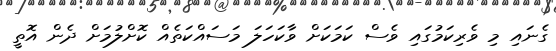
ގެނައި މި ވެރިކަމުގައި ވެސް ކަމަކަށް ވާކަހަލަ މަސައްކަތެއް ކޮށްލުމަށް ދެން އޮތީ